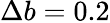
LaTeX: \Delta b=0.2